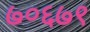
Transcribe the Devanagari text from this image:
७०६७९